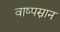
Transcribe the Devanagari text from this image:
वाष्पस्नान